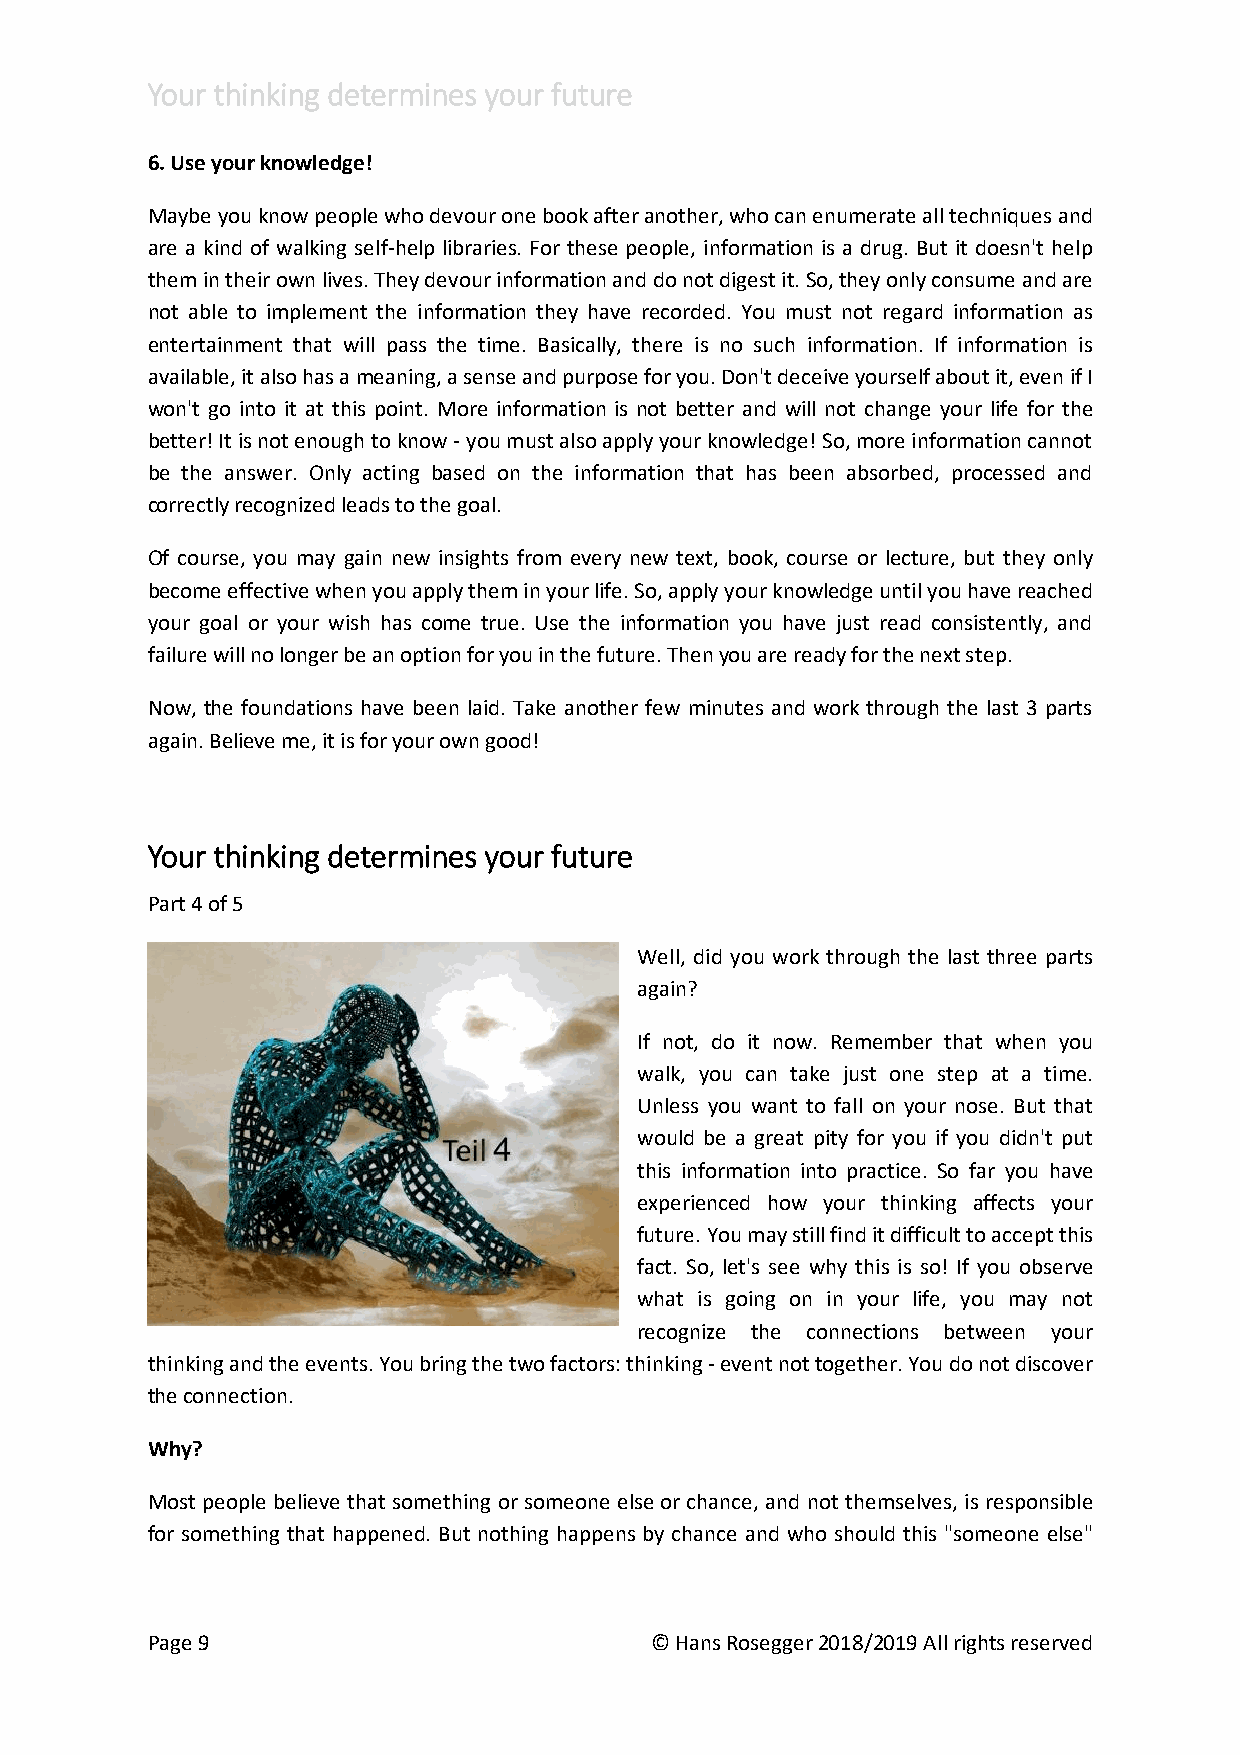
Your thinking determines your future
 6. Use your knowledge!
 Maybe you know people who devour one book after another, who can enumerate all techniques and
 are a kind of walking self-help libraries. For these people, information is a drug. But it doesn't help
 them in their own lives. They devour information and do not digest it. So, they only consume and are
 not able to implement the information they have recorded. You must not regard information as
 entertainment that will pass the time. Basically, there is no such information. If information is
 available, it also has a meaning, a sense and purpose for you. Don't deceive yourself about it, even if I
 won't go into it at this point. More information is not better and will not change your life for the
 better! It is not enough to know - you must also apply your knowledge! So, more information cannot
 be the answer. Only acting based on the information that has been absorbed, processed and
 correctly recognized leads to the goal.
 Of course, you may gain new insights from every new text, book, course or lecture, but they only
 become effective when you apply them in your life. So, apply your knowledge until you have reached
 your goal or your wish has come true. Use the information you have just read consistently, and
 failure will no longer be an option for you in the future. Then you are ready for the next step.
 Now, the foundations have been laid. Take another few minutes and work through the last 3 parts
 again. Believe me, it is for your own good!
 Your thinking determines your future
 Part 4 of 5
 Well, did you work through the last three parts
 again?
 If not, do it now. Remember that when you
 walk, you can take just one step at a time.
 Unless you want to fall on your nose. But that
 would be a great pity for you if you didn't put
 this information into practice. So far you have
 experienced how your thinking affects your
 future. You may still find it difficult to accept this
 fact. So, let's see why this is so! If you observe
 what is going on in your life, you may not
 recognize the connections between your
 thinking and the events. You bring the two factors: thinking - event not together. You do not discover
 the connection.
 Why?
 Most people believe that something or someone else or chance, and not themselves, is responsible
 for something that happened. But nothing happens by chance and who should this "someone else"
 Page 9                           © Hans Rosegger 2018/2019 All rights reserved